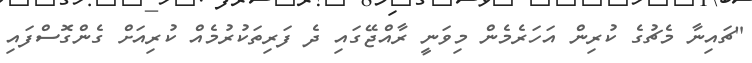
"ޗައިނާ މެޗުގެ ކުރިން އަހަރެމެން މިވަނީ ރާއްޖޭގައި ދެ ފަރިތަކުރުމެއް ކުރިއަށް ގެންގޮސްފައި